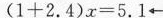
$$( 1 + 2 . 4 ) \times = 5 . 1 $$\leftarrow